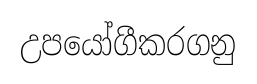
උපයෝගීකරගනු